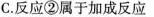
C.反应②属于加成反应